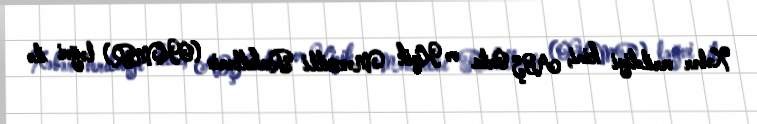
Xəbər verildiyi kimi, ABŞ Orta və Kiçik Mənzilli Raketlərin (OKMR) ləğvi ilə